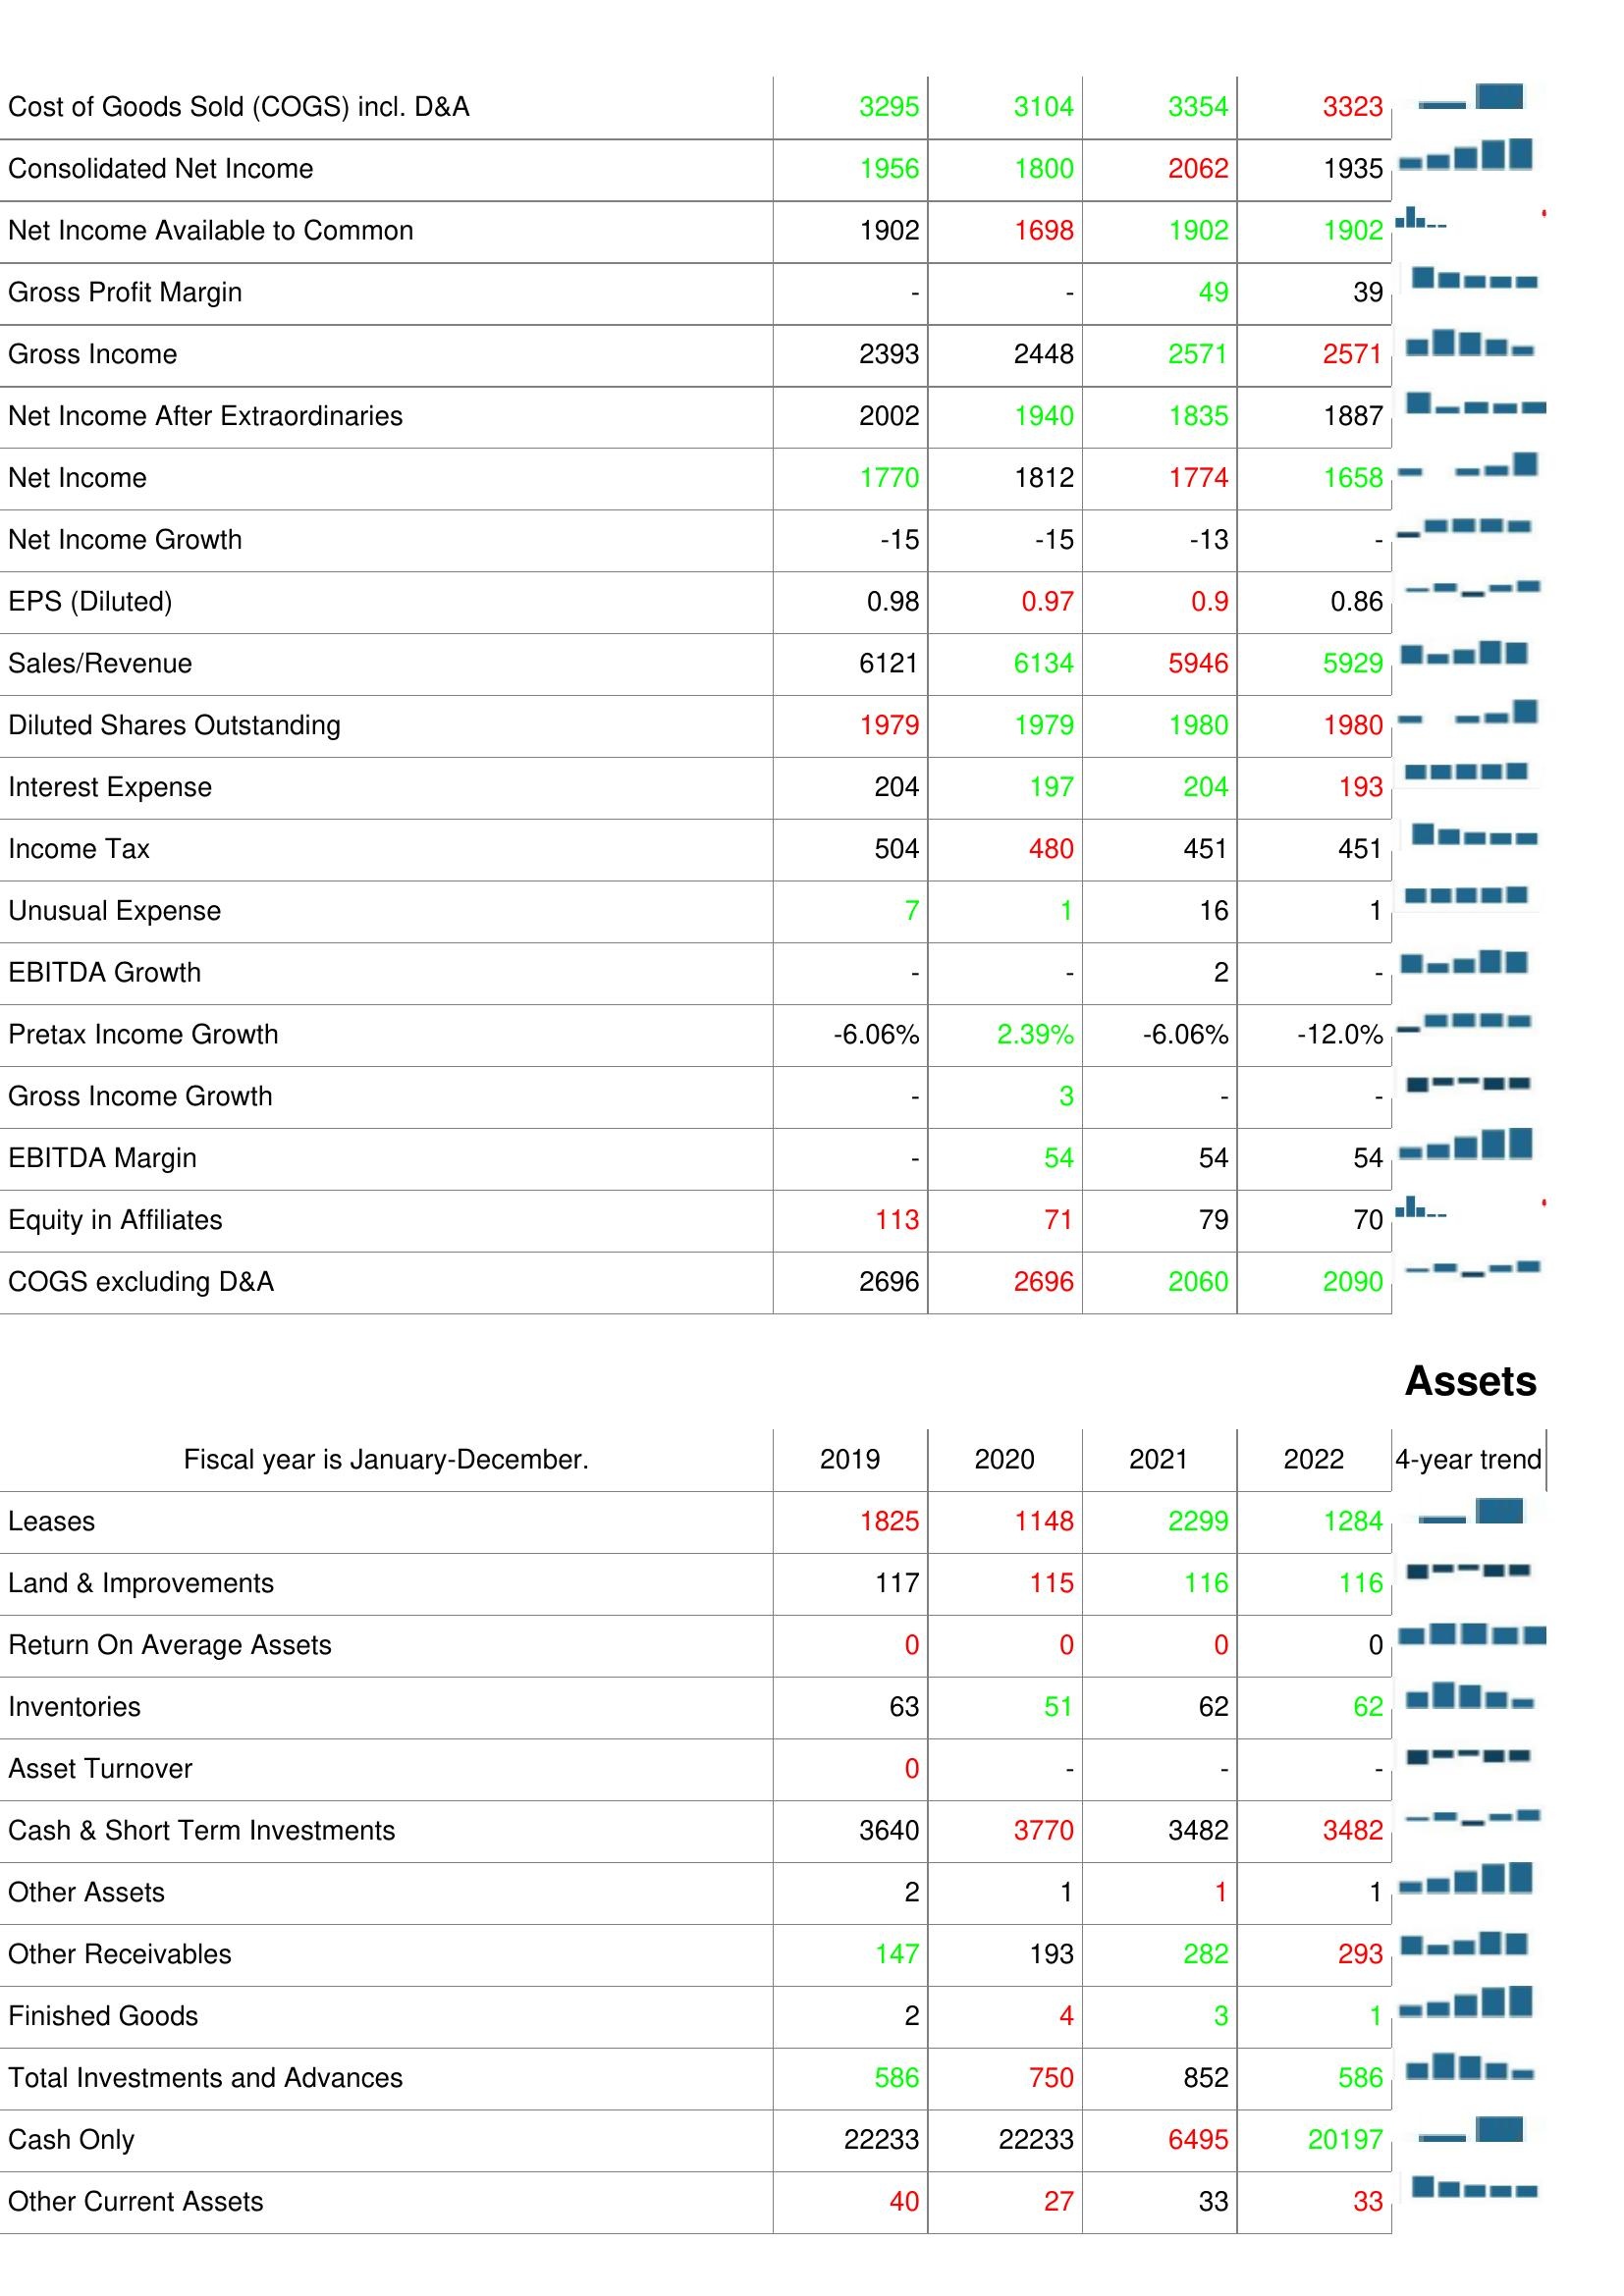
2019: : Cost of Goods Sold (COGS) incl. D&A: 3295
Consolidated Net Income: 1956
Net Income Available to Common: 1902
Gross Profit Margin: -
Gross Income: 2393
Net Income After Extraordinaries: 2002
Net Income: 1770
Net Income Growth: -15
EPS (Diluted): 0.98
Sales/Revenue: 6121
Diluted Shares Outstanding: 1979
Interest Expense: 204
Income Tax: 504
Unusual Expense: 7
EBITDA Growth: -
Pretax Income Growth: -6.06%
Gross Income Growth: -
EBITDA Margin: -
Equity in Affiliates: 113
COGS excluding D&A: 2696
Assets: Leases: 1825
Land & Improvements: 117
Return On Average Assets: 0
Inventories: 63
Asset Turnover: 0
Cash & Short Term Investments: 3640
Other Assets: 2
Other Receivables: 147
Finished Goods: 2
Total Investments and Advances: 586
Cash Only: 22233
Other Current Assets: 40
2020: : Cost of Goods Sold (COGS) incl. D&A: 3104
Consolidated Net Income: 1800
Net Income Available to Common: 1698
Gross Profit Margin: -
Gross Income: 2448
Net Income After Extraordinaries: 1940
Net Income: 1812
Net Income Growth: -15
EPS (Diluted): 0.97
Sales/Revenue: 6134
Diluted Shares Outstanding: 1979
Interest Expense: 197
Income Tax: 480
Unusual Expense: 1
EBITDA Growth: -
Pretax Income Growth: 2.39%
Gross Income Growth: 3
EBITDA Margin: 54
Equity in Affiliates: 71
COGS excluding D&A: 2696
Assets: Leases: 1148
Land & Improvements: 115
Return On Average Assets: 0
Inventories: 51
Asset Turnover: -
Cash & Short Term Investments: 3770
Other Assets: 1
Other Receivables: 193
Finished Goods: 4
Total Investments and Advances: 750
Cash Only: 22233
Other Current Assets: 27
2021: : Cost of Goods Sold (COGS) incl. D&A: 3354
Consolidated Net Income: 2062
Net Income Available to Common: 1902
Gross Profit Margin: 49
Gross Income: 2571
Net Income After Extraordinaries: 1835
Net Income: 1774
Net Income Growth: -13
EPS (Diluted): 0.9
Sales/Revenue: 5946
Diluted Shares Outstanding: 1980
Interest Expense: 204
Income Tax: 451
Unusual Expense: 16
EBITDA Growth: 2
Pretax Income Growth: -6.06%
Gross Income Growth: -
EBITDA Margin: 54
Equity in Affiliates: 79
COGS excluding D&A: 2060
Assets: Leases: 2299
Land & Improvements: 116
Return On Average Assets: 0
Inventories: 62
Asset Turnover: -
Cash & Short Term Investments: 3482
Other Assets: 1
Other Receivables: 282
Finished Goods: 3
Total Investments and Advances: 852
Cash Only: 6495
Other Current Assets: 33
2022: : Cost of Goods Sold (COGS) incl. D&A: 3323
Consolidated Net Income: 1935
Net Income Available to Common: 1902
Gross Profit Margin: 39
Gross Income: 2571
Net Income After Extraordinaries: 1887
Net Income: 1658
Net Income Growth: -
EPS (Diluted): 0.86
Sales/Revenue: 5929
Diluted Shares Outstanding: 1980
Interest Expense: 193
Income Tax: 451
Unusual Expense: 1
EBITDA Growth: -
Pretax Income Growth: -12.0%
Gross Income Growth: -
EBITDA Margin: 54
Equity in Affiliates: 70
COGS excluding D&A: 2090
Assets: Leases: 1284
Land & Improvements: 116
Return On Average Assets: 0
Inventories: 62
Asset Turnover: -
Cash & Short Term Investments: 3482
Other Assets: 1
Other Receivables: 293
Finished Goods: 1
Total Investments and Advances: 586
Cash Only: 20197
Other Current Assets: 33